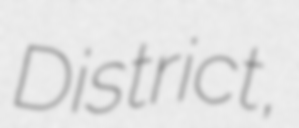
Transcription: District,